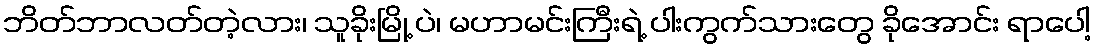
ဘိတ်ဘာလတ်တဲ့လား၊ သူခိုးမြို့ ပဲ၊ မဟာမင်းကြီးရဲ့ ပါးကွက်သားတွေ ခိုအောင်း ရာပေါ့